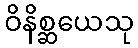
ဝိနိစ္ဆယေသု